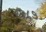
૨૬૮૭